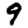
Digit: 9